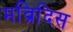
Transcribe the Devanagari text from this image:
मव्रिदिस